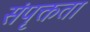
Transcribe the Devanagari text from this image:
संपृक्तता